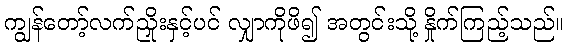
ကျွန်တော့်လက်ညှိုးနှင့်ပင် လျှာကိုဖိ၍ အတွင်းသို့ နှိုက်ကြည့်သည်။